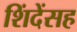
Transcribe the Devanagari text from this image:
शिंदेंसह